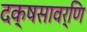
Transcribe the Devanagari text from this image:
दक्षसावर्णि